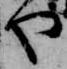
や